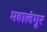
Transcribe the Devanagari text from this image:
महालंगूर